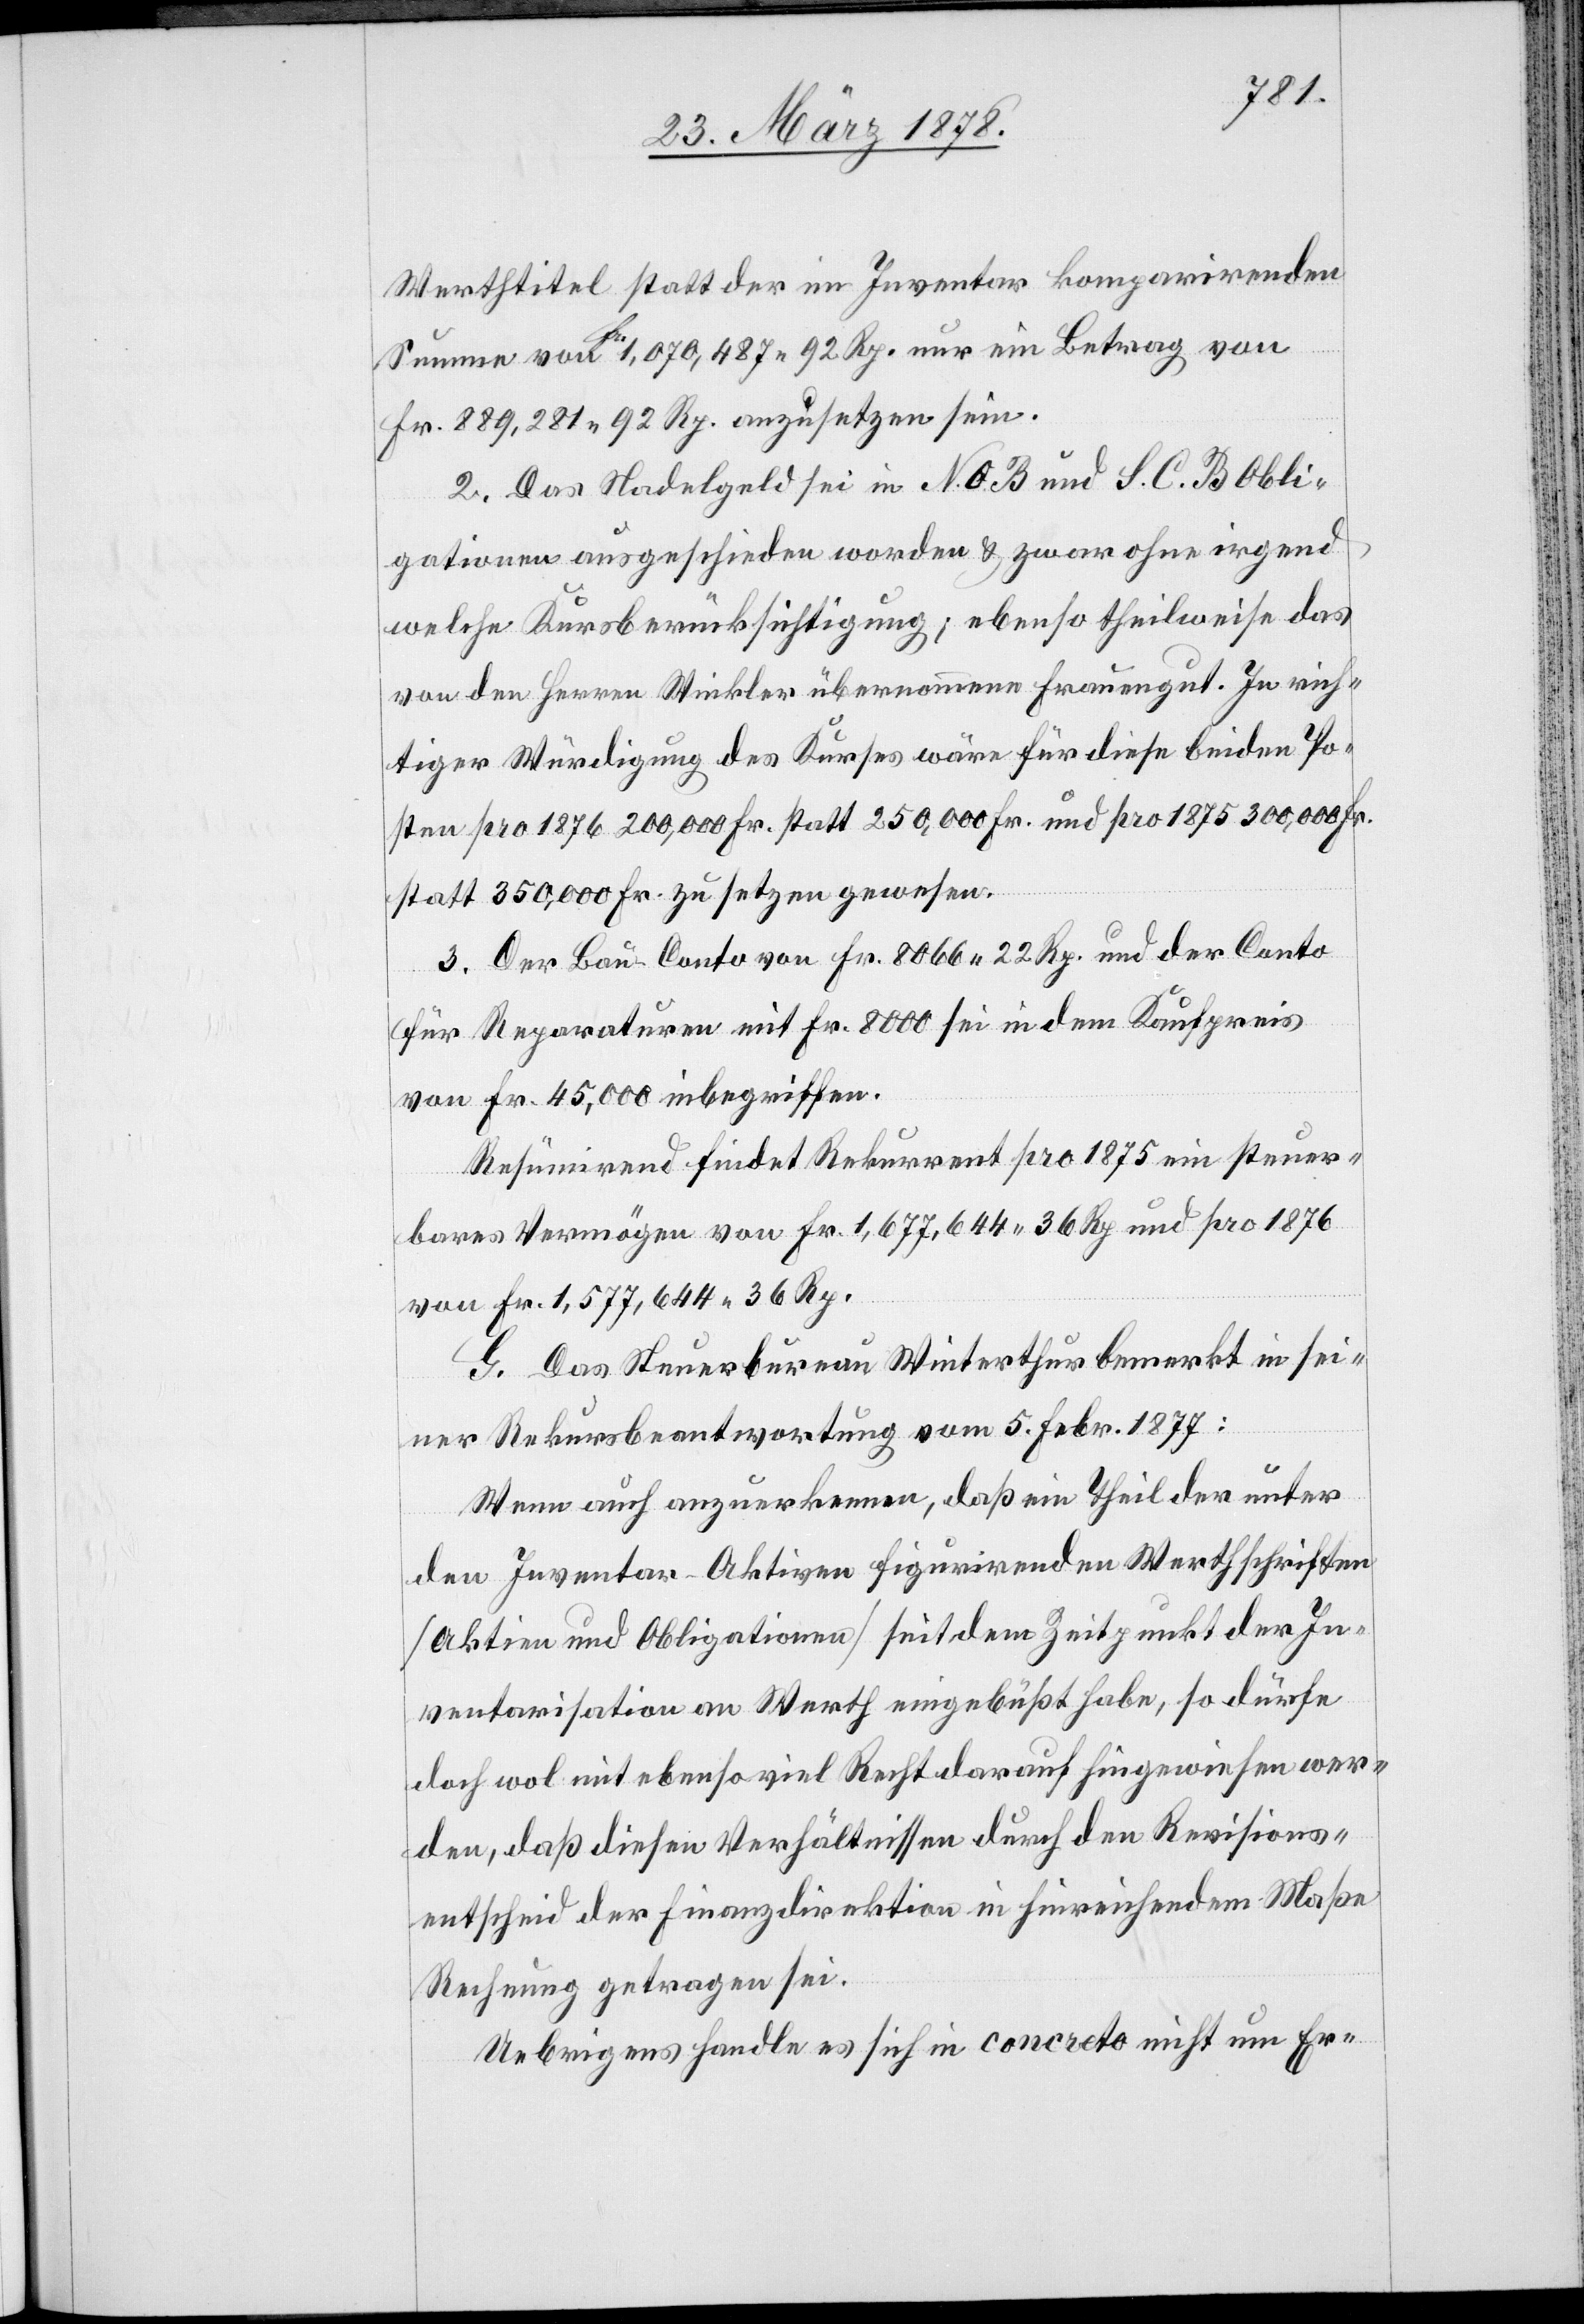
Werthtitel statt der im Inventar komparirenden
Summe von Fr. 1,070,487. 92 Rp. nur ein Betrag von
Fr. 889,281. 92 Rp. anzusetzen sein.
2. Das Nadelgeld sei in N. O. B. und S. C. B. Obli¬
gationen ausgeschieden worden & zwar ohne irgend¬
welche Kursberücksichtigung; ebenso theilweise das
von den Herren Winkler übernommene Frauengut. In rich¬
tiger Würdigung des Kurses wäre für diese beiden Po¬
sten pro 1876 200,000 Fr. statt 250,000 Fr. und pro 1875 300,000 Fr.
statt 350,000 Fr. zu setzen gewesen.
3. Der Bau-Conto von Fr. 8066. 22 Rp. und der Conto
für Reparaturen mit Fr. 8000 sei in dem Kaufpreis
von Fr. 45,000 inbegriffen.
Resümirend findet Rekurrent pro 1875 ein steuer¬
bares Vermögen von Fr. 1,677,644. 36 Rp. und pro 1876
von Fr. 1,577,644. 36 Rp.
G. Das Steuerbureau Winterthur bemerkt in sei¬
ner Rekursbeantwortung vom 5. Febr. 1877:
Wenn auch anzuerkennen [sei], daß ein Theil der unter
den Inventar-Aktiven figurirenden Werthschriften
(Aktien und Obligationen) seit dem Zeitpunkt der In¬
ventarisation an Werth eingebüßt habe, so dürfe
doch wol mit ebenso viel Recht darauf hingewiesen wer¬
den, daß diesen Verhältnissen durch den Revisions¬
entscheid der Finanzdirektion in hinreichendem Maße
Rechnung getragen sei.
Uebrigens handle es sich in concreto nicht um Er-